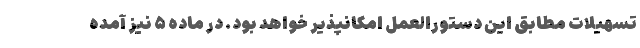
تسهیلات مطابق این دستورالعمل امکانپذیر خواهد بود. در ماده ۵ نیز آمده